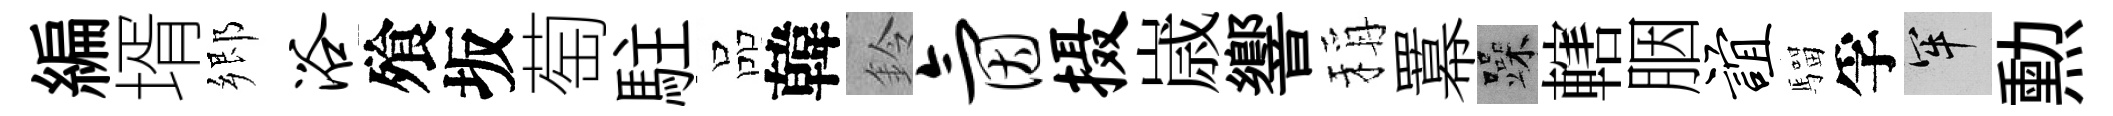
編壻郷浴飱坂萄駐品韓鈴氤摄𡻕響稱羃躁轄胭谊騮孚牢勲